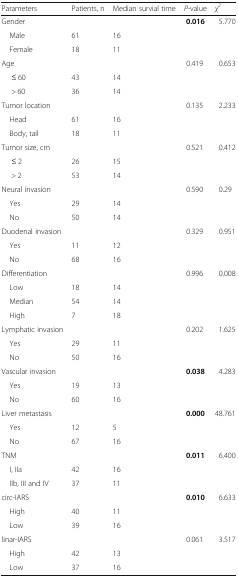
<table><thead><tr><td><b>Parameters</b></td><td><b>Patients, n</b></td><td><b>Median survial time</b></td><td><b><i>P</i>-value</b></td><td><b><i>χ</i><sup><i>2</i></sup></b></td></tr></thead><tbody><tr><td>Gender</td><td></td><td></td><td><b>0.016</b></td><td>5.770</td></tr><tr><td> Male</td><td>61</td><td>16</td><td></td><td></td></tr><tr><td> Female</td><td>18</td><td>11</td><td></td><td></td></tr><tr><td>Age</td><td></td><td></td><td>0.419</td><td>0.653</td></tr><tr><td>≤ 60</td><td>43</td><td>14</td><td></td><td></td></tr><tr><td>&gt; 60</td><td>36</td><td>14</td><td></td><td></td></tr><tr><td>Tumor location</td><td></td><td></td><td>0.135</td><td>2.233</td></tr><tr><td> Head</td><td>61</td><td>16</td><td></td><td></td></tr><tr><td> Body, tail</td><td>18</td><td>11</td><td></td><td></td></tr><tr><td>Tumor size, cm</td><td></td><td></td><td>0.521</td><td>0.412</td></tr><tr><td>≤ 2</td><td>26</td><td>15</td><td></td><td></td></tr><tr><td>&gt; 2</td><td>53</td><td>14</td><td></td><td></td></tr><tr><td>Neural invasion</td><td></td><td></td><td>0.590</td><td>0.29</td></tr><tr><td> Yes</td><td>29</td><td>14</td><td></td><td></td></tr><tr><td> No</td><td>50</td><td>14</td><td></td><td></td></tr><tr><td>Duodenal invasion</td><td></td><td></td><td>0.329</td><td>0.951</td></tr><tr><td> Yes</td><td>11</td><td>12</td><td></td><td></td></tr><tr><td> No</td><td>68</td><td>16</td><td></td><td></td></tr><tr><td>Differentiation</td><td></td><td></td><td>0.996</td><td>0.008</td></tr><tr><td> Low</td><td>18</td><td>14</td><td></td><td></td></tr><tr><td> Median</td><td>54</td><td>14</td><td></td><td></td></tr><tr><td> High</td><td>7</td><td>18</td><td></td><td></td></tr><tr><td>Lymphatic invasion</td><td></td><td></td><td>0.202</td><td>1.625</td></tr><tr><td> Yes</td><td>29</td><td>11</td><td></td><td></td></tr><tr><td> No</td><td>50</td><td>16</td><td></td><td></td></tr><tr><td>Vascular invasion</td><td></td><td></td><td><b>0.038</b></td><td>4.283</td></tr><tr><td> Yes</td><td>19</td><td>13</td><td></td><td></td></tr><tr><td> No</td><td>60</td><td>16</td><td></td><td></td></tr><tr><td>Liver metastasis</td><td></td><td></td><td><b>0.000</b></td><td>48.761</td></tr><tr><td> Yes</td><td>12</td><td>5</td><td></td><td></td></tr><tr><td> No</td><td>67</td><td>16</td><td></td><td></td></tr><tr><td>TNM</td><td></td><td></td><td><b>0.011</b></td><td>6.400</td></tr><tr><td> I, IIa</td><td>42</td><td>16</td><td></td><td></td></tr><tr><td> IIb, III and IV</td><td>37</td><td>11</td><td></td><td></td></tr><tr><td>circ-IARS</td><td></td><td></td><td><b>0.010</b></td><td>6.633</td></tr><tr><td> High</td><td>40</td><td>11</td><td></td><td></td></tr><tr><td> Low</td><td>39</td><td>16</td><td></td><td></td></tr><tr><td>linar-IARS</td><td></td><td></td><td>0.061</td><td>3.517</td></tr><tr><td> High</td><td>42</td><td>13</td><td></td><td></td></tr><tr><td> Low</td><td>37</td><td>16</td><td></td><td></td></tr></tbody></table>